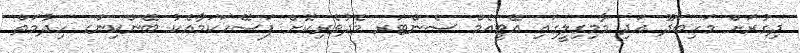
ދިގުރަށް މަހިބަދޫ އަދި މާމިގިލީގައި އޭޓީއެމް ސެންޓަރ މެދުވެރިކޮށް ފަސޭހަކަމާއެކު ބޭންކިންގ ހިދުމަތް